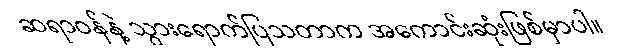
ဆရာဝန်နဲ့ သွားရောက်ပြသတာက အကောင်းဆုံးဖြစ်မှာပါ။